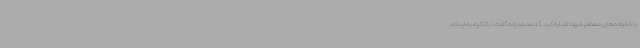
با خانواده‌های معظم شهدا اشاره کرد. گلمحمدزاده گفت: با تکیه به اینکه